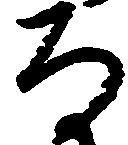
な